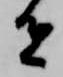
者